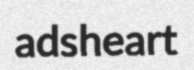
adsheart